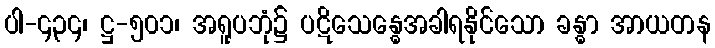
ပါ-၄၃၄၊ ဋ္ဌ-၅၀၁၊ အရူပဘုံ၌ ပဋိသေန္ဓေအခါရနိုင်သော ခန္ဓာ အာယတန